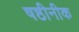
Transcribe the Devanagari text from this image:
षष्ठीनीक